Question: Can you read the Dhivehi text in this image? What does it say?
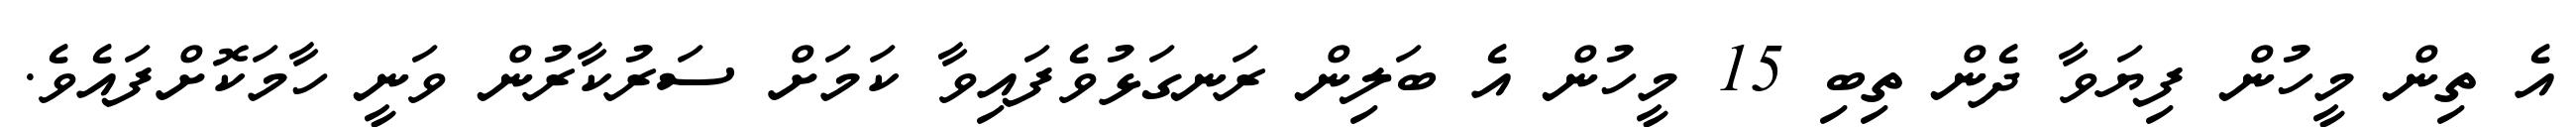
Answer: އެ ތިން މީހުން ފިޔަވާ ދެން ތިބި 15 މީހުން އެ ބަލިން ރަނގަޅުވެފައިވާ ކަމަށް ސަރުކާރުން ވަނީ ހާމަކޮށްފައެވެ.